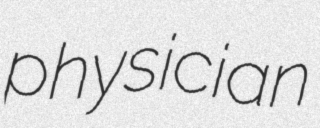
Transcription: physician